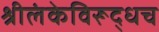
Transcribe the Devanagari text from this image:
श्रीलंकेविरूद्धच